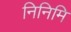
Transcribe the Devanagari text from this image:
निनिमि